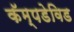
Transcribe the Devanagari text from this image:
कॅम्पडेविड